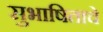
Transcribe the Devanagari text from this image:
सुभाषिताचे